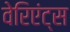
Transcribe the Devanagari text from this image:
वेरिएंट्स